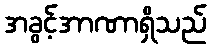
အခွင့်အာဏာရှိသည်